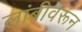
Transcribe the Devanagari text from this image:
लांबीवरून